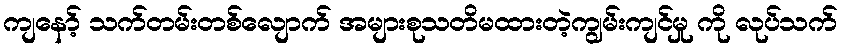
ကျနော့် သက်တမ်းတစ်လျောက် အများစုသတိမထားတဲ့ကျွမ်းကျင်မှု ကို လုပ်သက်